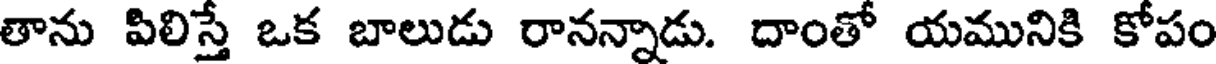
తాను పిలిస్తే ఒక బాలుడు రానన్నాడు. దాంతో యమునికి కోపం